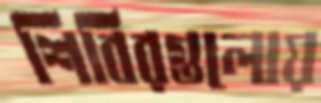
শিবিরগুলোয়